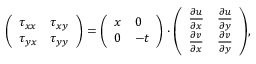
{ \left( \begin{array} { l l } { \tau _ { x x } } & { \tau _ { x y } } \\ { \tau _ { y x } } & { \tau _ { y y } } \end{array} \right) } = { \left( \begin{array} { l l } { x } & { 0 } \\ { 0 } & { - t } \end{array} \right) } \cdot { \left( \begin{array} { l l } { { \frac { \partial u } { \partial x } } } & { { \frac { \partial u } { \partial y } } } \\ { { \frac { \partial v } { \partial x } } } & { { \frac { \partial v } { \partial y } } } \end{array} \right) } ,